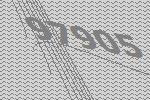
97905